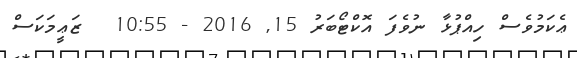
ޢެކަމުވެސް ހިއްޕުޅާ ނުވެފަ އޮކްޓޯބަރު 15